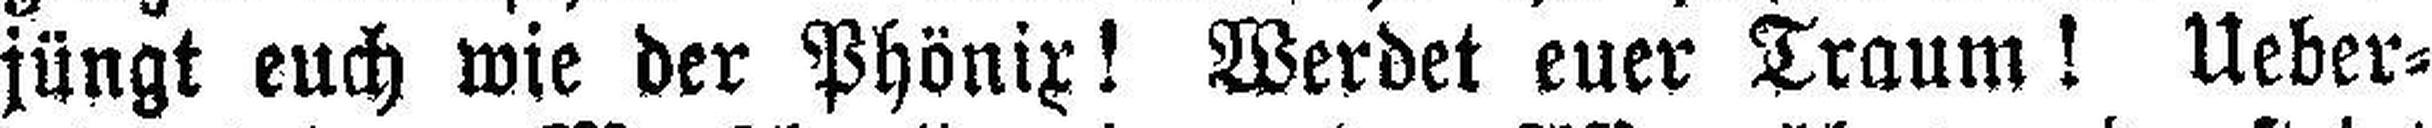
jüngt euch wie der Phönix! Werdet euer Traum! Ueber¬